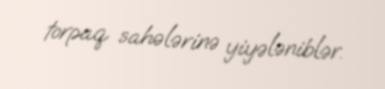
torpaq sahələrinə yiyələniblər.